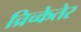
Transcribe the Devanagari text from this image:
च्रिच्केतेर